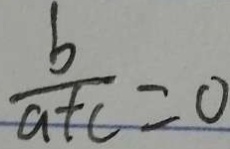
\frac { b } { a + c } = 0